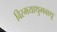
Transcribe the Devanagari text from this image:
विस्मयाथुमबाथू